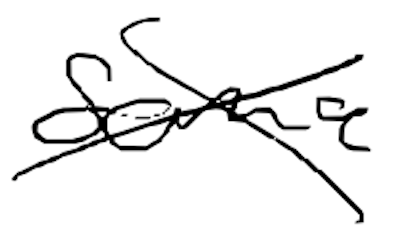
Text: some
Cross-out: cross
Writing tool: digital_black